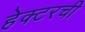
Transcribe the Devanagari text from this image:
हेक्टरची